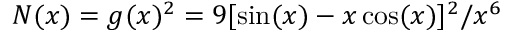
N ( x ) = g ( x ) ^ { 2 } = 9 [ \sin ( x ) - x \cos ( x ) ] ^ { 2 } / x ^ { 6 }